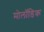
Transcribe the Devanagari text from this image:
मोलॉडिक